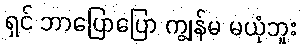
ရှင် ဘာပြောပြော ကျွန်မ မယုံဘူး